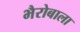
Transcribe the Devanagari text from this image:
भैरोबाला